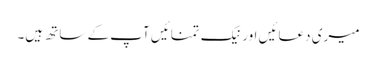
میری دعائیں اور نیک تمنائیں آپ کے ساتھ ہیں۔